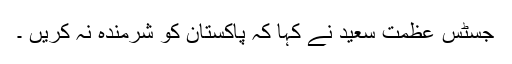
جسٹس عظمت سعید نے کہا کہ پاکستان کو شرمندہ نہ کریں ۔